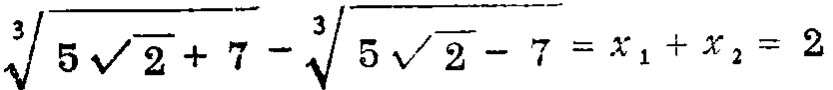
\(\sqrt[3]{5\sqrt{2}+7}-\sqrt[3]{5\sqrt{2}-7}=x_{1}+x_{2}=2\)